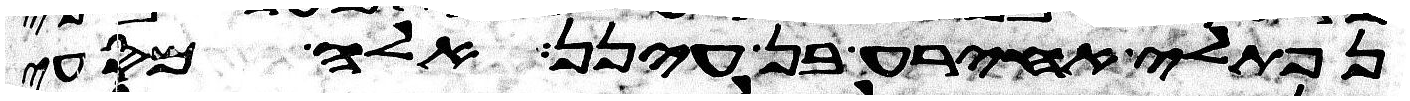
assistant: נפתלי אחירע בן עינן אלה מסעי